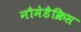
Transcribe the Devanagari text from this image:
नौमेडैक्रिस